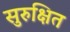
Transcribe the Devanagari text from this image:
सुरुक्षित